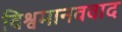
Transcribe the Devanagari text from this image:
विश्वमानववाद